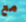
مع